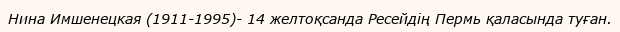
Нина Имшенецкая (1911-1995)- 14 желтоқсанда Ресейдің Пермь қаласында туған.